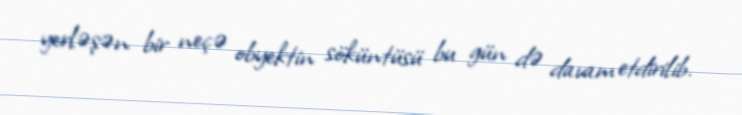
yerləşən bir neçə obyektin söküntüsü bu gün də davam etdirilib.